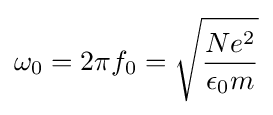
\omega _{0}=2\pi f_{0}={\sqrt {\frac {Ne^{2}}{\epsilon _{0}m}}}